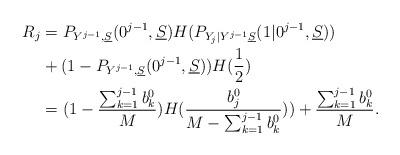
LaTeX: \begin{align*} R_j &= P_{Y^{j-1}, \underline S}(0^{j-1}, \underline S) H( P_{Y_j| Y^{j-1}\underline S}(1 | 0^{j-1}, \underline S)) \\& + (1 - P_{Y^{j-1}, \underline S}(0^{j-1}, \underline S) ) H(\frac{1}{2}) \\& = (1 -\frac{ \sum_{k=1}^{j-1}b_{k}^0}{M} ) H( \frac{ b_j^0 }{ M - \sum_{k=1}^{j-1} b_k^0})) + \frac{\sum_{k=1}^{j-1} b_{k}^0}{M}. \end{align*}